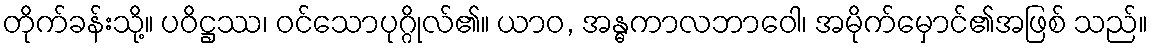
တိုက်ခန်းသို့။ ပဝိဋ္ဌဿ၊ ဝင်သောပုဂ္ဂိုလ်၏။ ယာဝ, အန္ဓကာလဘာဝေါ၊ အမိုက်မှောင်၏အဖြစ် သည်။